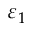
\varepsilon _ { 1 }